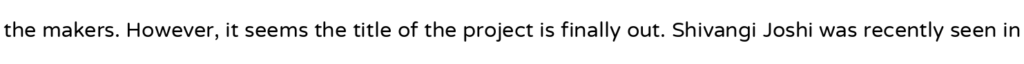
the makers. However, it seems the title of the project is finally out. Shivangi Joshi was recently seen in